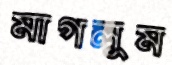
মাগলুম